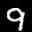
Label: 9